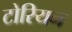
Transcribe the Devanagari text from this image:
टोरियन